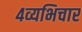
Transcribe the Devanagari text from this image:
४व्यभिचार